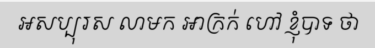
ឣសប្បុរស លាមក ឣាក្រក់ ហៅ ខ្ញុំបាទ ថា